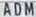
ADM